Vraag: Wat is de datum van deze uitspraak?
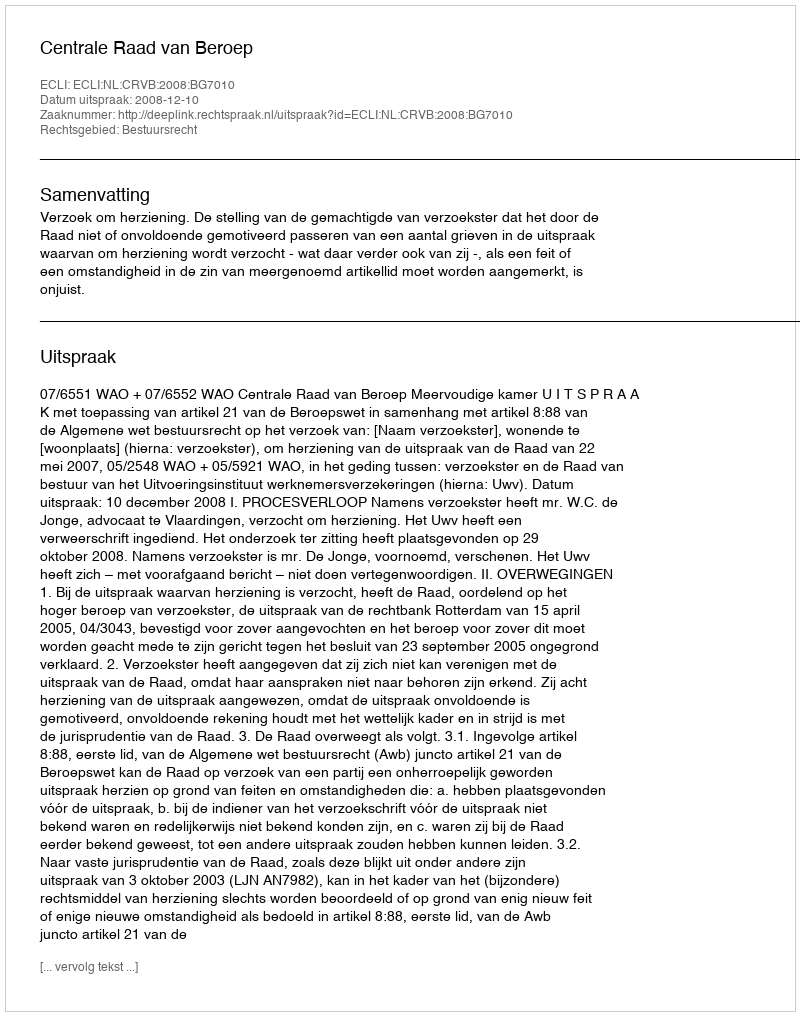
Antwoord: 2008-12-10